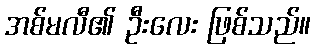
အစ်မလီ၏ ဦးလေး ဖြစ်သည်။